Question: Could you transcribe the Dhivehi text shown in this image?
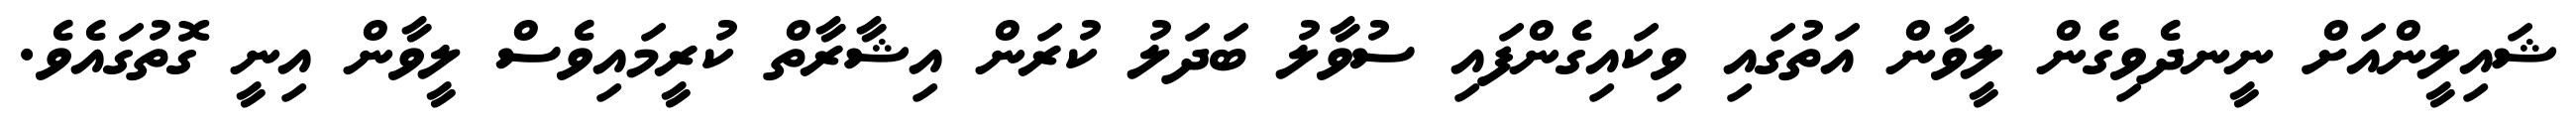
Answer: ޝައިލީންއަށް ނީނދެވިގެން ލީވާން އަތުގައި ވިކައިގެންފައި ސުވާލު ބަދަލު ކުރަން އިޝާރާތް ކުރީމައިވެސް ލީވާން އިނީ ގޮތުގައެވެ.